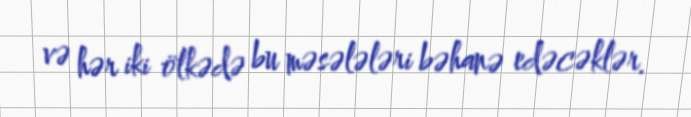
və hər iki ölkədə bu məsələləri bəhanə edəcəklər.